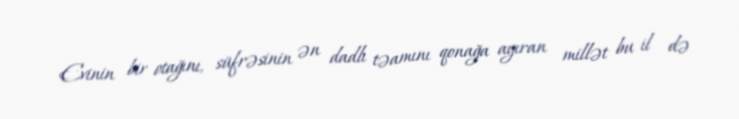
Evinin bir otağını, süfrəsinin ən dadlı təamını qonağa ayıran millət bu il də